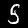
Label: 5